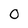
Character: 0